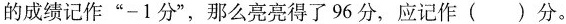
的成绩记作”-1分”，那么亮亮得了96分，应记作( )分。